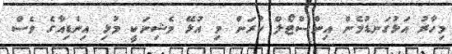
މިހާރު އަޅުގަނޑުމެން އިންސްޓޯލް ކުރަން މި އުޅޭ މެޝިނަކީ މުޅި އިންޑިއާގެ ވެސް